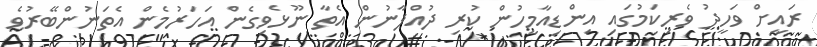
ރައީށް ވަހީދު ވެރިކަމުގައި އިންޑިއާމީހުން ކުރި ދުއްޕާނުން އެތާ ނޫޅެވިގެން އަހަރުމެން އެތަނުންބޭރުވެ